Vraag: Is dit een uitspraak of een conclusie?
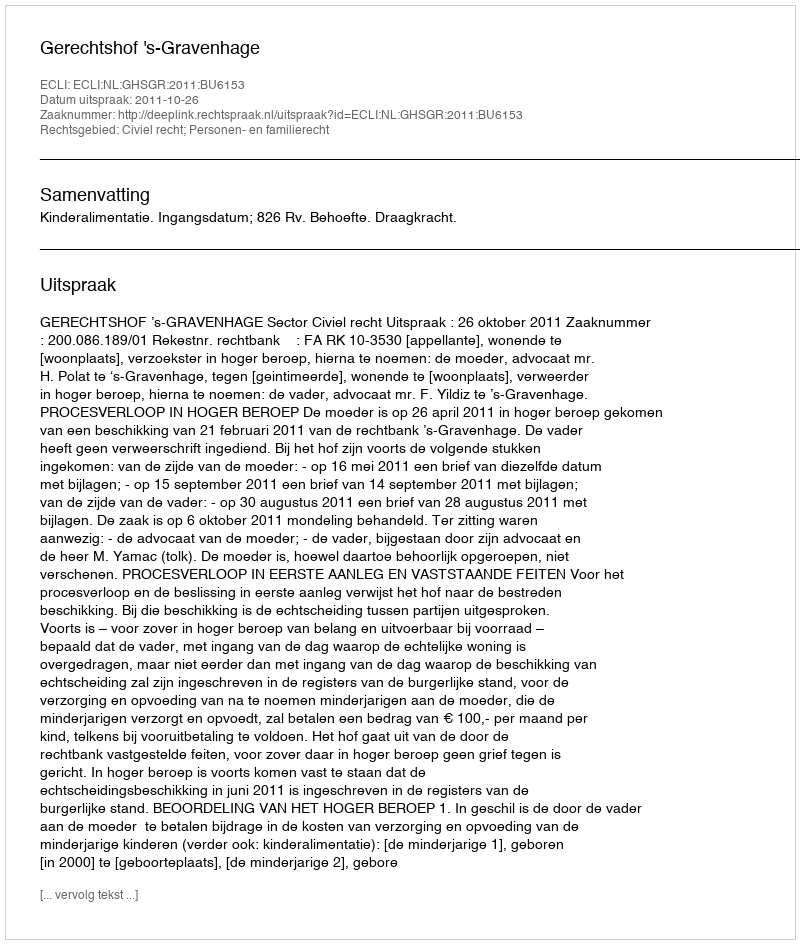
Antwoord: Uitspraak